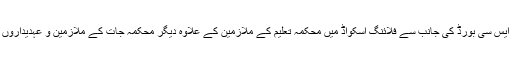
محکمہ تعلیم کی جانب سے امتحانات میں ایس ایس سی بورڈ کی جانب سے فلائنگ اسکواڈ میں محکمہ تعلیم کے ملازمین کے علاوہ دیگر محکمہ جات کے ملازمین و عہدیداروں کی خدمات کے حصول کا فیصلہ کیا گیا ہے ۔